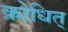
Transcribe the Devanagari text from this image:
क्रोधित्